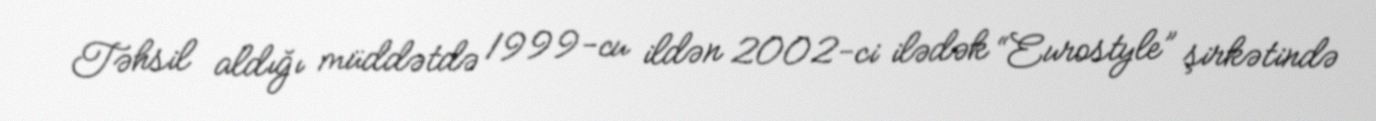
Təhsil aldığı müddətdə 1999-cu ildən 2002-ci ilədək “Eurostyle” şirkətində